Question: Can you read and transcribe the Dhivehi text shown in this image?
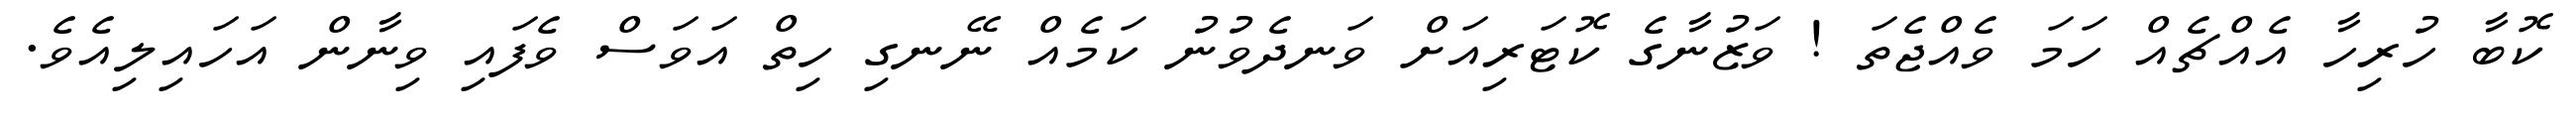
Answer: ކޮބާ ހުރިހާ އެއްޗެއް ހަމަ ވެއްޖެތަ ! ވަޒުނާގެ ކޮޓަރިއަށް ވަނދެވުނު ކަމެއް ނޭނގި ހިތް އަވަސް ވެފައި ވިނާން އަހައިލިއެވެ.